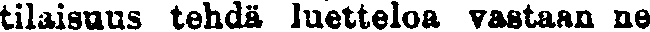
tilaisuus tehdä luetteloa vastaan ne